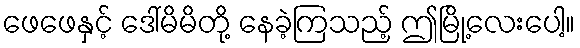
ဖေဖေနှင့် ဒေါ်မိမိတို့ နေခဲ့ကြသည့် ဤမြို့လေးပေါ့။